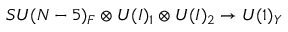
S U ( N - 5 ) _ { F } \otimes U ( I ) _ { 1 } \otimes U ( I ) _ { 2 } \to U ( 1 ) _ { Y }